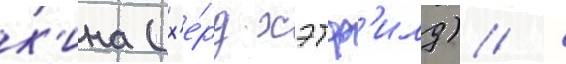
к'ина (х'е́рд хэтф'илд) /